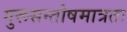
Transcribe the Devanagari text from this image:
गुरूसन्तोषमात्रतः